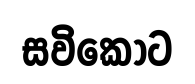
සවිකොට